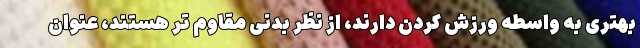
بهتری به واسطه ورزش کردن دارند، از نظر بدنی مقاوم تر هستند، عنوان